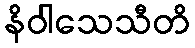
နိဝါသေသီတိ